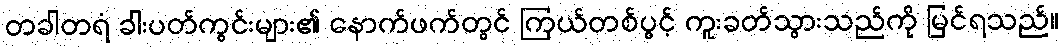
တခါတရံ ခါးပတ်ကွင်းများ၏ နောက်ဖက်တွင် ကြယ်တစ်ပွင့် ကူးခတ်သွားသည်ကို မြင်ရသည်။